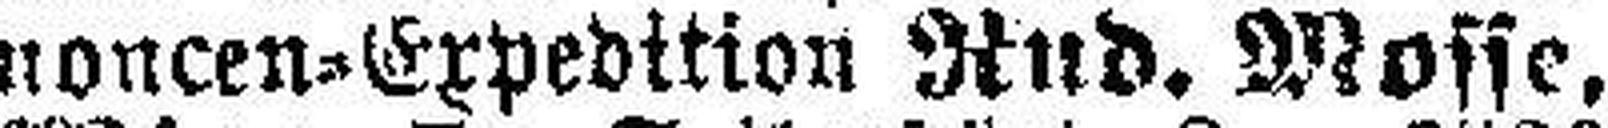
noncen-Expedition Rud. Mosse,